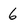
Character: 6